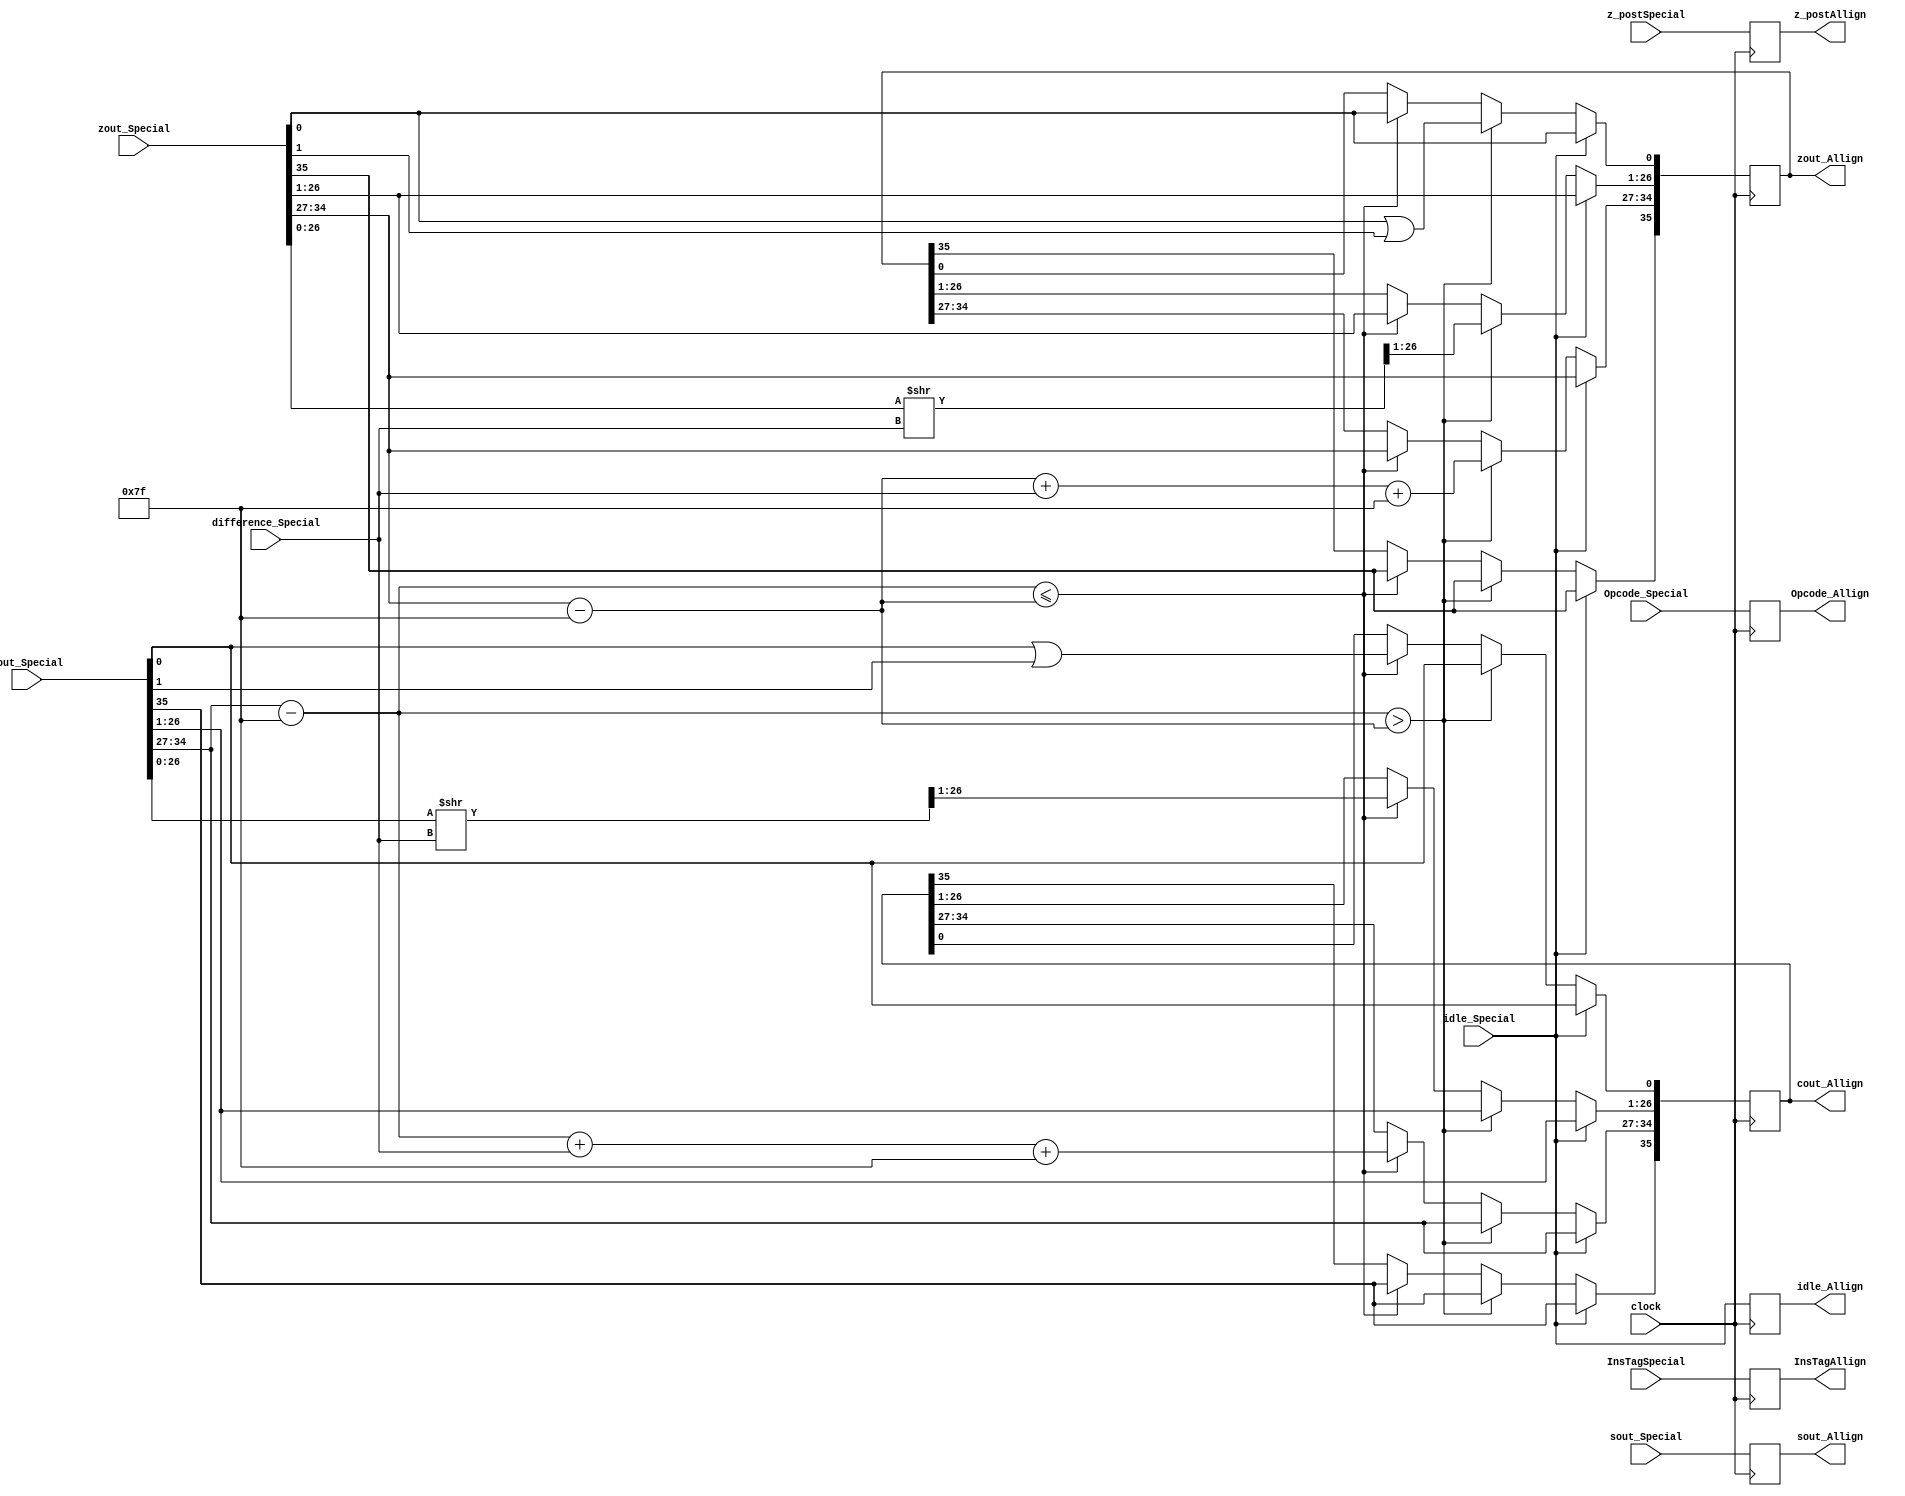
`timescale 1ns / 1ps
//////////////////////////////////////////////////////////////////////////////////
// Company: 
// Engineer: 
// 
// Design Name: 
// Module Name:    AllignAdder 
// Project Name: 
// Target Devices: 
// Tool versions: 
// Description: 
//
// Dependencies: 
//
// Revision: 
// Revision 0.01 - File Created
// Additional Comments: 
//
//////////////////////////////////////////////////////////////////////////////////
module AllignAdderProcess(
	input [31:0] z_postSpecial,
	input [3:0] Opcode_Special,
	input idle_Special,
	input [35:0] cout_Special,
	input [35:0] zout_Special,
	input [31:0] sout_Special,
	input [7:0] difference_Special,
	input [7:0] InsTagSpecial,
	input clock,
	output reg idle_Allign,
	output reg [35:0] cout_Allign,
	output reg [35:0] zout_Allign,
	output reg [31:0] sout_Allign,
	output reg [3:0] Opcode_Allign,
	output reg [31:0] z_postAllign,
	output reg [7:0] InsTagAllign
   );

parameter no_idle = 1'b0,
			 put_idle = 1'b1;

wire z_sign;
wire [7:0] z_exponent;
wire [26:0] z_mantissa;

wire c_sign;
wire [7:0] c_exponent;
wire [26:0] c_mantissa;

assign z_sign = zout_Special[35];
assign z_exponent = zout_Special[34:27] - 127;
assign z_mantissa = {zout_Special[26:0]};

assign c_sign = cout_Special[35];
assign c_exponent = cout_Special[34:27] - 127;
assign c_mantissa = {cout_Special[26:0]};

parameter sin_cos		= 4'd0,
			 sinh_cosh	= 4'd1,
			 arctan		= 4'd2,
			 arctanh		= 4'd3,
			 exp			= 4'd4,
			 sqr_root   = 4'd5,			// Pre processed input is given 4'd11
												// This requires pre processing. x = (a+1)/2 and y = (a-1)/2
			 division	= 4'd6,
			 tan			= 4'd7,			// This is iterative. sin_cos followed by division.
			 tanh			= 4'd8,			// This is iterative. sinh_cosh followed by division.
			 nat_log		= 4'd9,			// This requires pre processing. x = (a+1) and y = (a-1)
			 hypotenuse = 4'd10,
			 PreProcess = 4'd11;


always @ (posedge clock)
begin
	
	InsTagAllign <= InsTagSpecial;
	Opcode_Allign <= Opcode_Special;
	z_postAllign <= z_postSpecial;
		
	//if(Opcode_Special == PreProcess) begin
	
	idle_Allign <= idle_Special;
	sout_Allign <= sout_Special;
	
	if (idle_Special != put_idle) begin
		if ($signed(c_exponent) > $signed(z_exponent)) begin
			zout_Allign[35] <= zout_Special[35];
			zout_Allign[34:27] <= z_exponent + difference_Special + 127;
			zout_Allign[26:0] <= z_mantissa >> difference_Special;
			zout_Allign[0] <= z_mantissa[0] | z_mantissa[1];
			cout_Allign <= cout_Special;
		end else if ($signed(c_exponent) <= $signed(z_exponent)) begin
			cout_Allign[35] <= cout_Special[35];
			cout_Allign[34:27] <= c_exponent + difference_Special + 127;
			cout_Allign[26:0] <= c_mantissa >> difference_Special;
			cout_Allign[0] <= c_mantissa[0] | c_mantissa[1];
			zout_Allign <= zout_Special;
		 end		
	end
	
	else begin
		zout_Allign <= zout_Special;
		cout_Allign <= cout_Special;
	end
	//end
	
end

endmodule